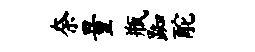
奈量瓶踟酡